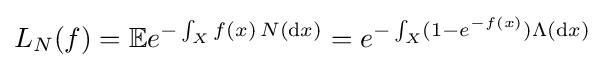
L_{N}(f)=\mathbb {E} e^{-\int _{X}f(x)\,N(\mathrm {d} x)}=e^{-\int _{X}(1-e^{-f(x)})\Lambda (\mathrm {d} x)}